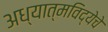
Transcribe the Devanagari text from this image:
अध्यात्मविद्येचे